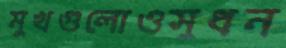
মুখগুলোওসুধন